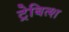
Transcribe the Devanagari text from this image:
ट्रेबित्श